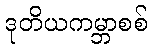
ဒုတိယကမ္ဘာစစ်